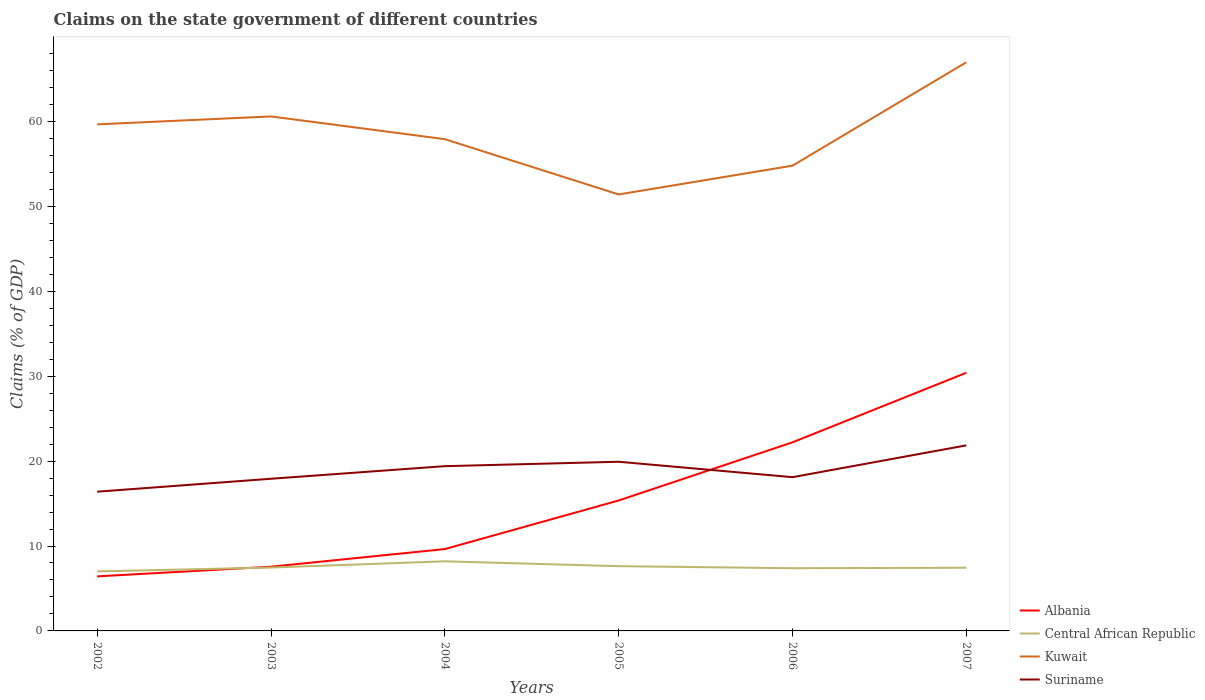
| Years | Albania | Central African Republic | Kuwait | Suriname |
 | --- | --- | --- | --- | --- |
 | 2002 | 6.42 | 7.01 | 59.7 | 16.4 |
 | 2003 | 7.56 | 7.46 | 60.6 | 17.9 |
 | 2004 | 9.64 | 8.2 | 57.9 | 19.4 |
 | 2005 | 15.4 | 7.63 | 51.4 | 19.9 |
 | 2006 | 22.2 | 7.38 | 54.8 | 18.1 |
 | 2007 | 30.4 | 7.44 | 67 | 21.9 |